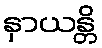
နှာယန္တိ